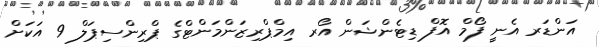
އަންޑަރ އެނީ ފޯމް އޮފް ޑިޓެންޝަން އޯރ އިމްޕްރިޒަންމަންޓްގެ ޕްރިންސިޕަލް 9 އަކަށް